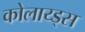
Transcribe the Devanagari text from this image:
कोलाय्ड्स